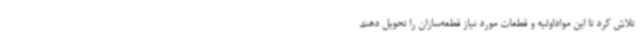
تلاش کرد تا این مواداولیه و قطعات مورد نیاز قطعه‌سازان را تحویل دهند